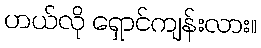
ဟယ်လို ရှောင်ကျန်းလား။